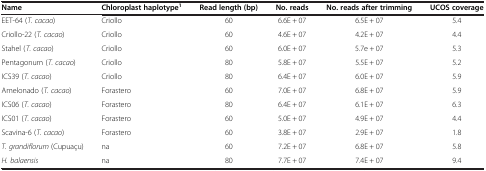
<table><thead><tr><td><b>Name</b></td><td><b>Chloroplast haplotype<sup>1</sup></b></td><td><b>Read length (bp)</b></td><td><b>No. reads</b></td><td><b>No. reads after trimming</b></td><td><b>UCOS coverage</b></td></tr></thead><tbody><tr><td>EET-64 (<i>T. cacao</i>)</td><td>Criollo</td><td>60</td><td>6.6E + 07</td><td>6.5E + 07</td><td>5.4</td></tr><tr><td>Criollo-22 (<i>T. cacao</i>)</td><td>Criollo</td><td>60</td><td>4.6E + 07</td><td>4.2E + 07</td><td>4.4</td></tr><tr><td>Stahel (<i>T. cacao</i>)</td><td>Criollo</td><td>60</td><td>6.0E + 07</td><td>5.7e + 07</td><td>5.3</td></tr><tr><td>Pentagonum (<i>T. cacao</i>)</td><td>Criollo</td><td>80</td><td>5.8E + 07</td><td>5.5E + 07</td><td>5.2</td></tr><tr><td>ICS39 (<i>T. cacao</i>)</td><td>Criollo</td><td>80</td><td>6.4E + 07</td><td>6.0E + 07</td><td>5.9</td></tr><tr><td>Amelonado (<i>T. cacao</i>)</td><td>Forastero</td><td>60</td><td>7.0E + 07</td><td>6.8E + 07</td><td>5.9</td></tr><tr><td>ICS06 (<i>T. cacao</i>)</td><td>Forastero</td><td>80</td><td>6.4E + 07</td><td>6.1E + 07</td><td>6.3</td></tr><tr><td>ICS01 (<i>T. cacao</i>)</td><td>Forastero</td><td>60</td><td>5.0E + 07</td><td>4.9E + 07</td><td>4.4</td></tr><tr><td>Scavina-6 (<i>T. cacao</i>)</td><td>Forastero</td><td>60</td><td>3.8E + 07</td><td>2.9E + 07</td><td>1.8</td></tr><tr><td><i>T. grandiflorum</i> (Cupuaçu)</td><td>na</td><td>60</td><td>7.2E + 07</td><td>6.8E + 07</td><td>5.8</td></tr><tr><td><i>H. balaensis</i></td><td>na</td><td>80</td><td>7.7E + 07</td><td>7.4E + 07</td><td>9.4</td></tr></tbody></table>